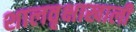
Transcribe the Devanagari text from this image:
शालवृक्षाखाली